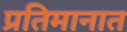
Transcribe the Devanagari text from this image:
प्रतिमानात